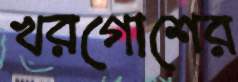
খরগোশের